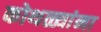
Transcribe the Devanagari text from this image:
कोथळ्यांना